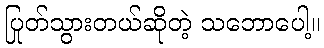
ပြုတ်သွားတယ်ဆိုတဲ့ သဘောပေါ့။